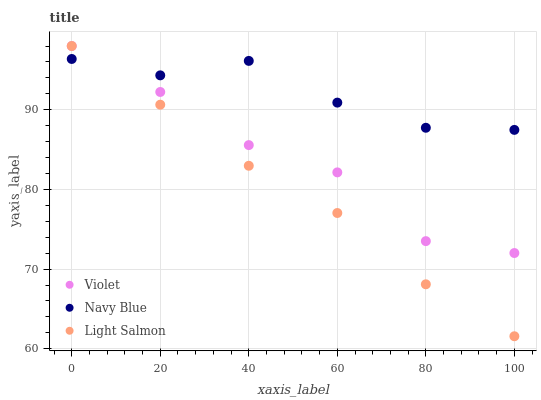
| xaxis_label | Violet | Navy Blue | Light Salmon |
 | --- | --- | --- | --- |
 | 0 | 98 | 96.4 | 98 |
 | 20 | 92.2 | 94.3 | 90.6 |
 | 40 | 85.6 | 96.1 | 83 |
 | 60 | 82.1 | 90.9 | 77 |
 | 80 | 73.5 | 87.7 | 68.1 |
 | 100 | 72 | 87.5 | 61.6 |